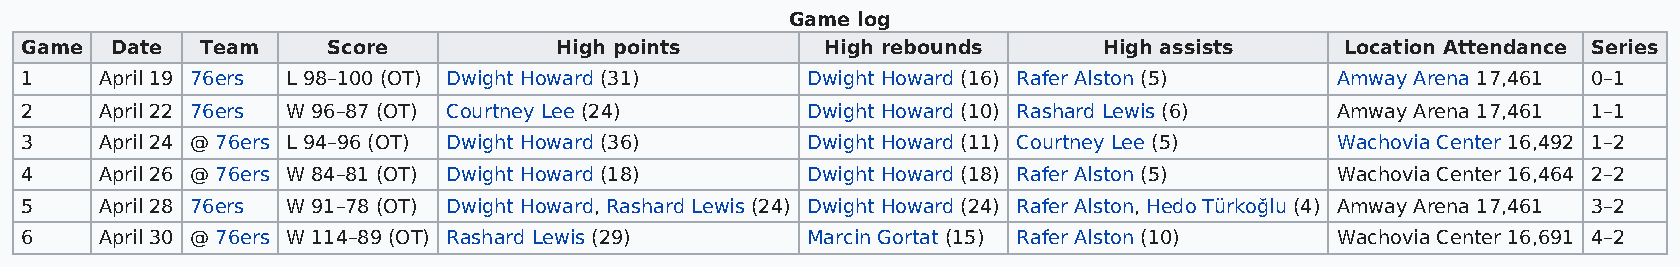
Game log
 Game  Date  Team     Score          High points       High rebounds     High assists    Location Attendance Series
 1     April 19 76ers L 98–100 (OT) Dwight Howard (31) Dwight Howard (16) Rafer Alston (5) Amway Arena 17,461 0–1
 2     April 22 76ers W 96–87 (OT) Courtney Lee (24) Dwight Howard (10) Rashard Lewis (6) Amway Arena 17,461 1–1
 3     April 24 @ 76ers L 94–96 (OT) Dwight Howard (36) Dwight Howard (11) Courtney Lee (5) Wachovia Center 16,492 1–2
 4     April 26 @ 76ers W 84–81 (OT) Dwight Howard (18) Dwight Howard (18) Rafer Alston (5) Wachovia Center 16,464 2–2
 5     April 28 76ers W 91–78 (OT) Dwight Howard, Rashard Lewis (24) Dwight Howard (24) Rafer Alston, Hedo Türkoğlu (4) Amway Arena 17,461 3–2
 6     April 30 @ 76ers W 114–89 (OT) Rashard Lewis (29) Marcin Gortat (15) Rafer Alston (10) Wachovia Center 16,691 4–2